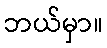
ဘယ်မှာ။